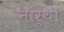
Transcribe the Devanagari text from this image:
नार्था